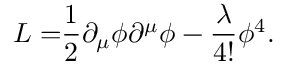
{ \cal L = } \frac { 1 } { 2 } \partial _ { \mu } \phi \partial ^ { \mu } \phi - \frac { \lambda } { 4 ! } \phi ^ { 4 } .